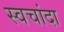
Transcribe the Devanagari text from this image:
स्वचांदा